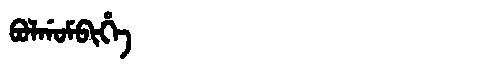
Manchu: ᠪᠣᠯᡤᠣᠮᠪᡳᡥᡝ
Romanization: BOLGOMBIHE